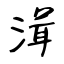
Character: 湒